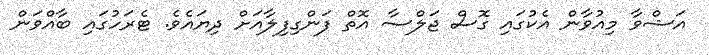
އަޝްވާ މިއުވާން އެކުގައި ގޮސް ޖަލްސާ އޮތް ފަންގިފިލާއަށް ދިޔައެވެ. ޓެރަހުގައި ބާއްވަން